Document type: Sale
Year: 1423
Scribe: Joan Franc
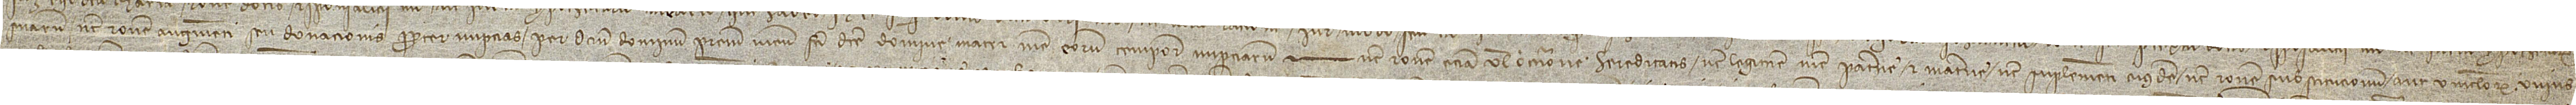
suarum nec ratione augmenti seu donacionis propter nupcias per dictum dominum patrem meum facti dicte domine matri mee eorum temporis nupciarum, nec ratione etiam vel occasione hereditatis nec legitime mee paterne et materne nec suplementi eiusdem, nec ratione substitucionum aut vinculorum unius